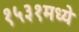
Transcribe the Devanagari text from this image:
१५३१मध्ये